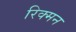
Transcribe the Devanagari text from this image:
रिक्मन